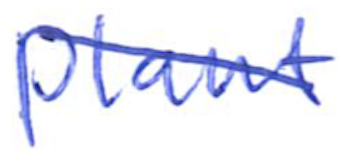
Text: plant
Cross-out: diagonal
Writing tool: ballpoint